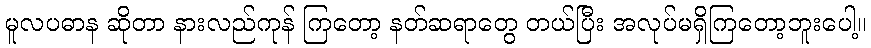
မူလပဓာန ဆိုတာ နားလည်ကုန် ကြတော့ နတ်ဆရာတွေ တယ်ပြီး အလုပ်မရှိကြတော့ဘူးပေါ့။